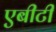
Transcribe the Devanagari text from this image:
एबीटी